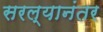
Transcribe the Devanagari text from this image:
सरल्यानंतर